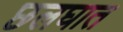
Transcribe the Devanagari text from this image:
छलघात